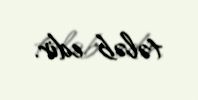
tələb edir.